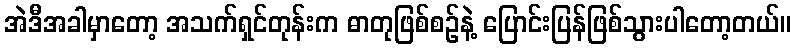
အဲဒီအခါမှာတော့ အသက်ရှင်တုန်းက ဓာတုဖြစ်စဉ်နဲ့ ပြောင်းပြန်ဖြစ်သွားပါတော့တယ်။